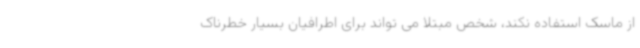
از ماسک استفاده نکند، شخص مبتلا می تواند برای اطرافیان بسیار خطرناک